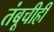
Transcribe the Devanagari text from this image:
तंबूचीही